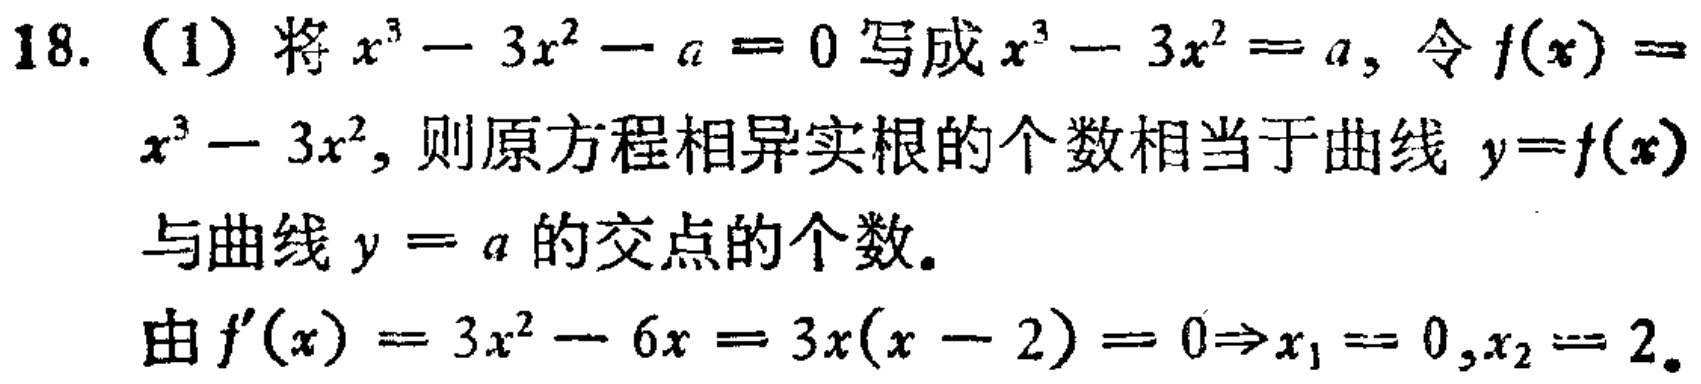
18. (1) 将 \(x^{3}-3x^{2}-a = 0\) 写成 \(x^{3}-3x^{2}=a\)，令 \(f(x)=x^{3}-3x^{2}\)，则原方程相异实根的个数相当于曲线 \(y = f(x)\) 与曲线 \(y = a\) 的交点的个数。
由 \(f^{\prime}(x)=3x^{2}-6x = 3x(x - 2)=0\Rightarrow x_{1}=0,x_{2}=2\)。